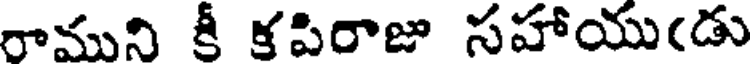
రాముని కీ కపిరాజు సహాయు(డు